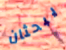
يبحثان